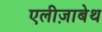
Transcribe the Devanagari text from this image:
एलीज़ाबेथ